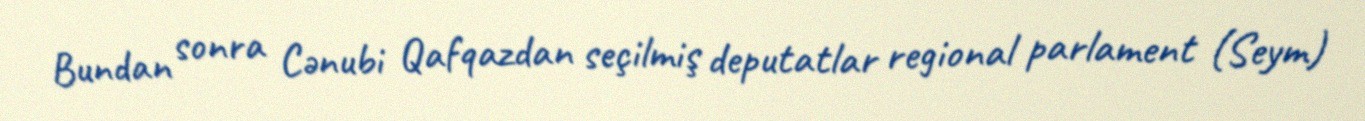
Bundan sonra Cənubi Qafqazdan seçilmiş deputatlar regional parlament (Seym)